Leaving Certificate, 1897
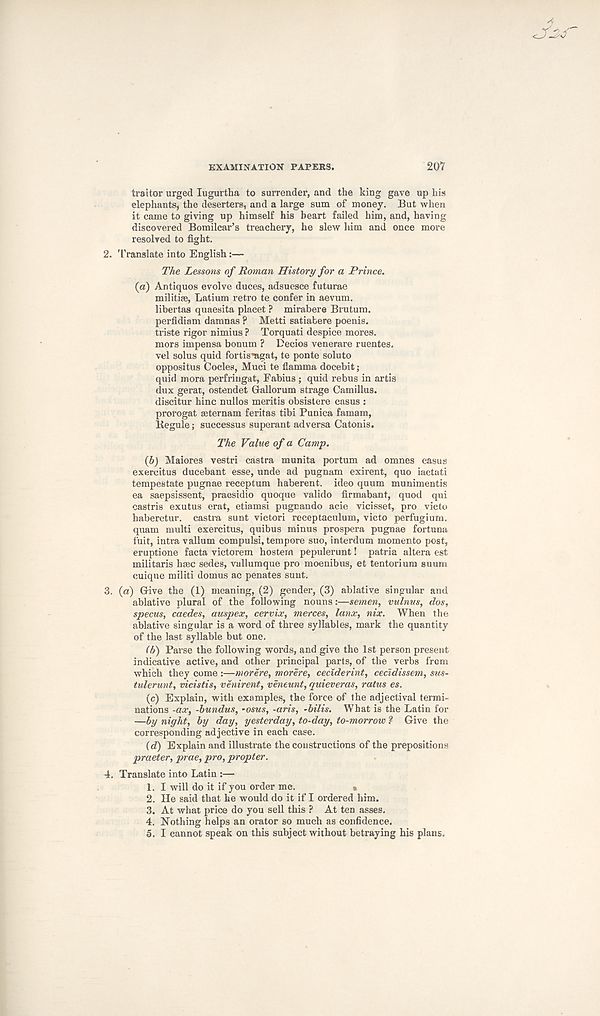
EXAMINATION PAPERS.
207
traitor urged lugurtha to surrender, and the king gave up his
elephants, the deserters, and a large sum of money. But when
it came to giving up himself his heart failed him, and, having
discovered Bomilcar’s treachery, he slew him and once more
resolved to fight.
2. Translate into English:—
The Lessons of Roman History for a Prince.
(a)
Antiques evolve duces, adsuesc
militife, Latium retro te confer in aevum.
libertas quaesita placet ? mirabere Brutum.
perfidiam damnas ? Metti satiabere poenis.
triste rigor nimius ? Torquati despice mores,
mors impensa bonum ? Decios venerare ruentes.
vel solus quid fortisvigat, te ponte soluto
oppositus Codes, Muci te flamma docebit;
quid mora perfringat, Fabius ; quid rebus in artis
dux gerat, ostendet Grallorum strage Camillus.
discitur bine nullos mentis obsistere casus :
prorogat mternam feritas tibi Punica famam,
Kegule; successus superant adversa Catonis.
The Value of a Camp.
(b) Maiores vestri castra munita portum ad omnes casus
exercitus ducebant esse, unde ad pugnam exirent, quo iactati
tempestate pugnae receptum haberent. ideo quum munimentis
ea saepsissent, praesidio quoque valido firmabant, quod qui
castris exutus erat, etiamsi pugnando acie vicisset, pro victo
haberetur. castra sunt victori receptaculum, victo perfugium.
quam multi exercitus, quibus minus prospera pugnae fortuna
fuit, intra vallum compulsi, tempore suo, interdum memento post,
eruptione facta victorem hostern pepulerunt! patria altera est
militaris base sedes, vallumque pro moenibus, et tentorium suum
cuique militi domus ac penates sunt.
3. (a) Give the (1) meaning, (2) gender, (3) ablative singular and
ablative plural of the following nouns:—semen, vulnus, dos,
specus, caedes, auspex, cervix, merces, lanx, nix. When the
ablative singular is a word of three syllables, mark the quantity
of the last syllable but one.
(h) Parse the following words, and give the 1st person present
indicative active, and other principal parts, of the verbs from
which they come :—morere, morere, ceciderint, cecidissem, sus-
tulerunt, vicistis, venirent, veneunt, quieveras, ratus es.
(c) Explain, with examples, the force of the adjectival termi-
nations -ax, -bundus, -osus, -aris, -bilis. What is the Latin for
—by night, by day, yesterday, to-day, to-morrow ? Give the
corresponding adjective in each case.
{d) Explain and illustrate the constructions of the prepositions
praeter, prae, pro, propter.
4. Translate into Latin :—
1. I will do it if you order me.
,
2. He said that he would do it if I ordered him.
3. At what price do you sell this ? At ten asses.
4. Nothing helps an orator so much as confidence.
5. I cannot speak on this subject without betraying his plans.